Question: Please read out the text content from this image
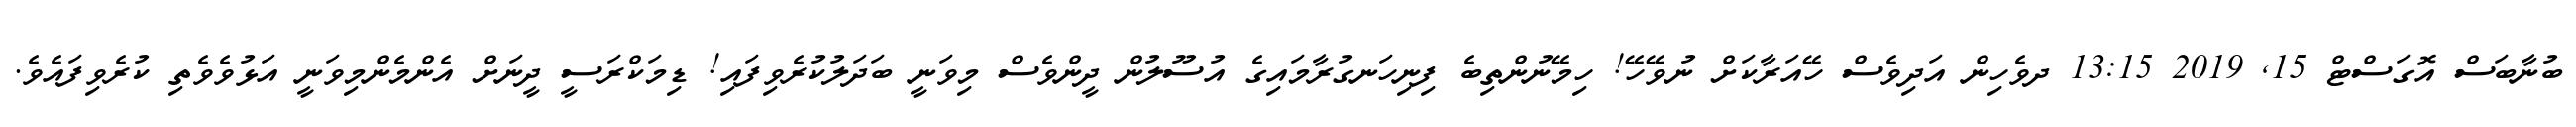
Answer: ބުނާބަސް އޮގަސްޓް 15, 2019 13:15 ދވެހިން އަދިވެސް ހޭއަރާކަށް ނުވޭހޭ! ހިމޭނުންތިބެ ފިނިހަނގުރާމައިގެ އުސޫލުން ދީންވެސް މިވަނީ ބަދަލުކުރެވިފައި! ޑިމަކްރަސީ ދީނަށް އެންމެންމިވަނީ އަޅުވެވެތި ކުރެވިފައެވެ.